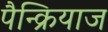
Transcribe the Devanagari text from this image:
पैन्क्रियाज